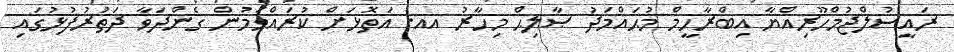
ރައީސުލްޖުމްހޫރިއްޔާ އިބްރާހީމް މުޙައްމަދު ޞާލިޙް މިހާރު އއ. އަތޮޅަށް ކުރައްވަމުން ގެންދަވާ ދަތުރުފުޅުގައި